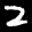
Label: 2